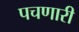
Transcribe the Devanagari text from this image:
पचणारी